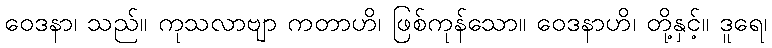
ဝေဒနာ၊ သည်။ ကုသလာဗျာ ကတာဟိ၊ ဖြစ်ကုန်သော။ ဝေဒနာဟိ၊ တို့နှင့်။ ဒူရေ၊